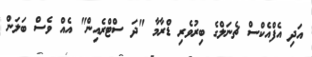
އަދި އެފްއެކްސް ޗެނަލްގެ ބިރުވެރި ޑްރާމާ "ދަ ސްޓްރެއިން" އެއް ވެސް ބަލަން